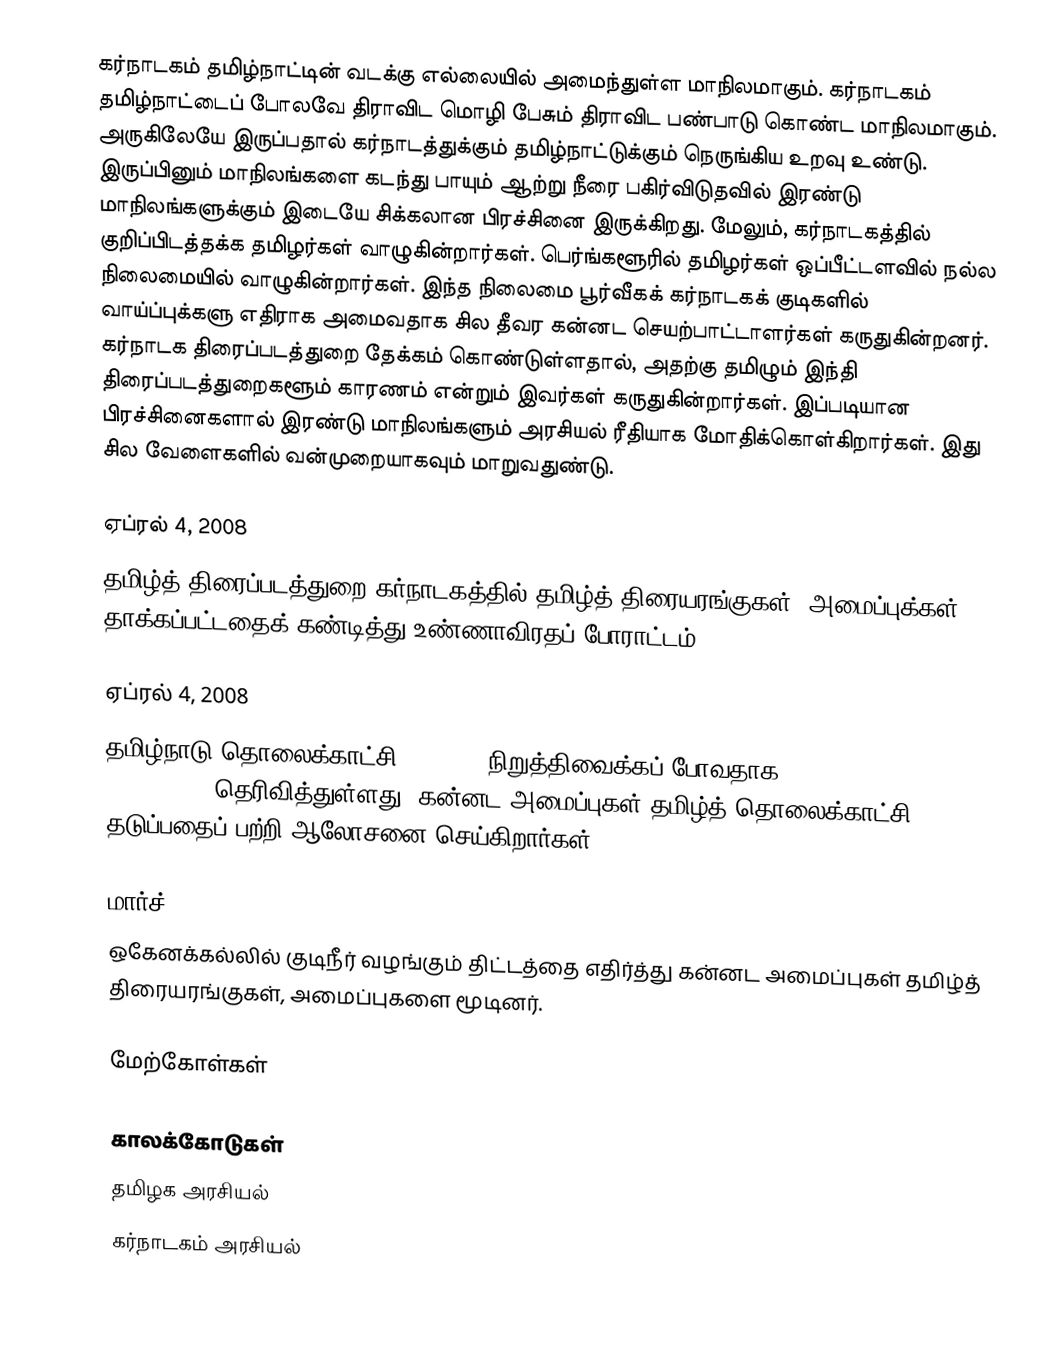
கர்நாடகம் தமிழ்நாட்டின் வடக்கு எல்லையில் அமைந்துள்ள மாநிலமாகும். கர்நாடகம் தமிழ்நாட்டைப் போலவே திராவிட மொழி பேசும் திராவிட பண்பாடு கொண்ட மாநிலமாகும். அருகிலேயே இருப்பதால் கர்நாடத்துக்கும் தமிழ்நாட்டுக்கும் நெருங்கிய உறவு உண்டு. இருப்பினும் மாநிலங்களை கடந்து பாயும் ஆற்று நீரை பகிர்விடுதவில் இரண்டு மாநிலங்களுக்கும் இடையே சிக்கலான பிரச்சினை இருக்கிறது. மேலும், கர்நாடகத்தில் குறிப்பிடத்தக்க தமிழர்கள் வாழுகின்றார்கள். பெர்ங்களூரில் தமிழர்கள் ஒப்பீட்டளவில் நல்ல நிலைமையில் வாழுகின்றார்கள். இந்த நிலைமை பூர்வீகக் கர்நாடகக் குடிகளில் வாய்ப்புக்களு எதிராக அமைவதாக சில தீவர கன்னட செயற்பாட்டாளர்கள் கருதுகின்றனர். கர்நாடக திரைப்படத்துறை தேக்கம் கொண்டுள்ளதால், அதற்கு தமிழும் இந்தி திரைப்படத்துறைகளூம் காரணம் என்றும் இவர்கள் கருதுகின்றார்கள். இப்படியான பிரச்சினைகளால் இரண்டு மாநிலங்களும் அரசியல் ரீதியாக மோதிக்கொள்கிறார்கள். இது சில வேளைகளில் வன்முறையாகவும் மாறுவதுண்டு.

ஏப்ரல் 4, 2008
 தமிழ்த் திரைப்படத்துறை கர்நாடகத்தில் தமிழ்த் திரையரங்குகள், அமைப்புக்கள் தாக்கப்பட்டதைக் கண்டித்து உண்ணாவிரதப் போராட்டம்.

ஏப்ரல் 4, 2008
 தமிழ்நாடு தொலைக்காட்சி channels நிறுத்திவைக்கப் போவதாக Tamil Nadu Cable TV Association தெரிவித்துள்ளது. கன்னட அமைப்புகள் தமிழ்த் தொலைக்காட்சி channels தடுப்பதைப் பற்றி ஆலோசனை செய்கிறார்கள்.

மார்ச், 2008
 ஒகேனக்கல்லில் குடிநீர் வழங்கும் திட்டத்தை எதிர்த்து கன்னட அமைப்புகள் தமிழ்த் திரையரங்குகள், அமைப்புகளை மூடினர்.

மேற்கோள்கள்

காலக்கோடுகள்
தமிழக அரசியல்
கர்நாடகம் அரசியல்